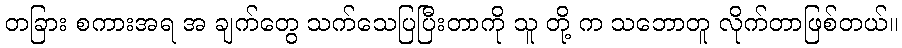
တခြား စကားအရ အ ချက်တွေ သက်သေပြပြီးတာကို သူ တို့ က သဘောတူ လိုက်တာဖြစ်တယ်။